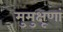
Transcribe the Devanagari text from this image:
मुमुक्षूणां